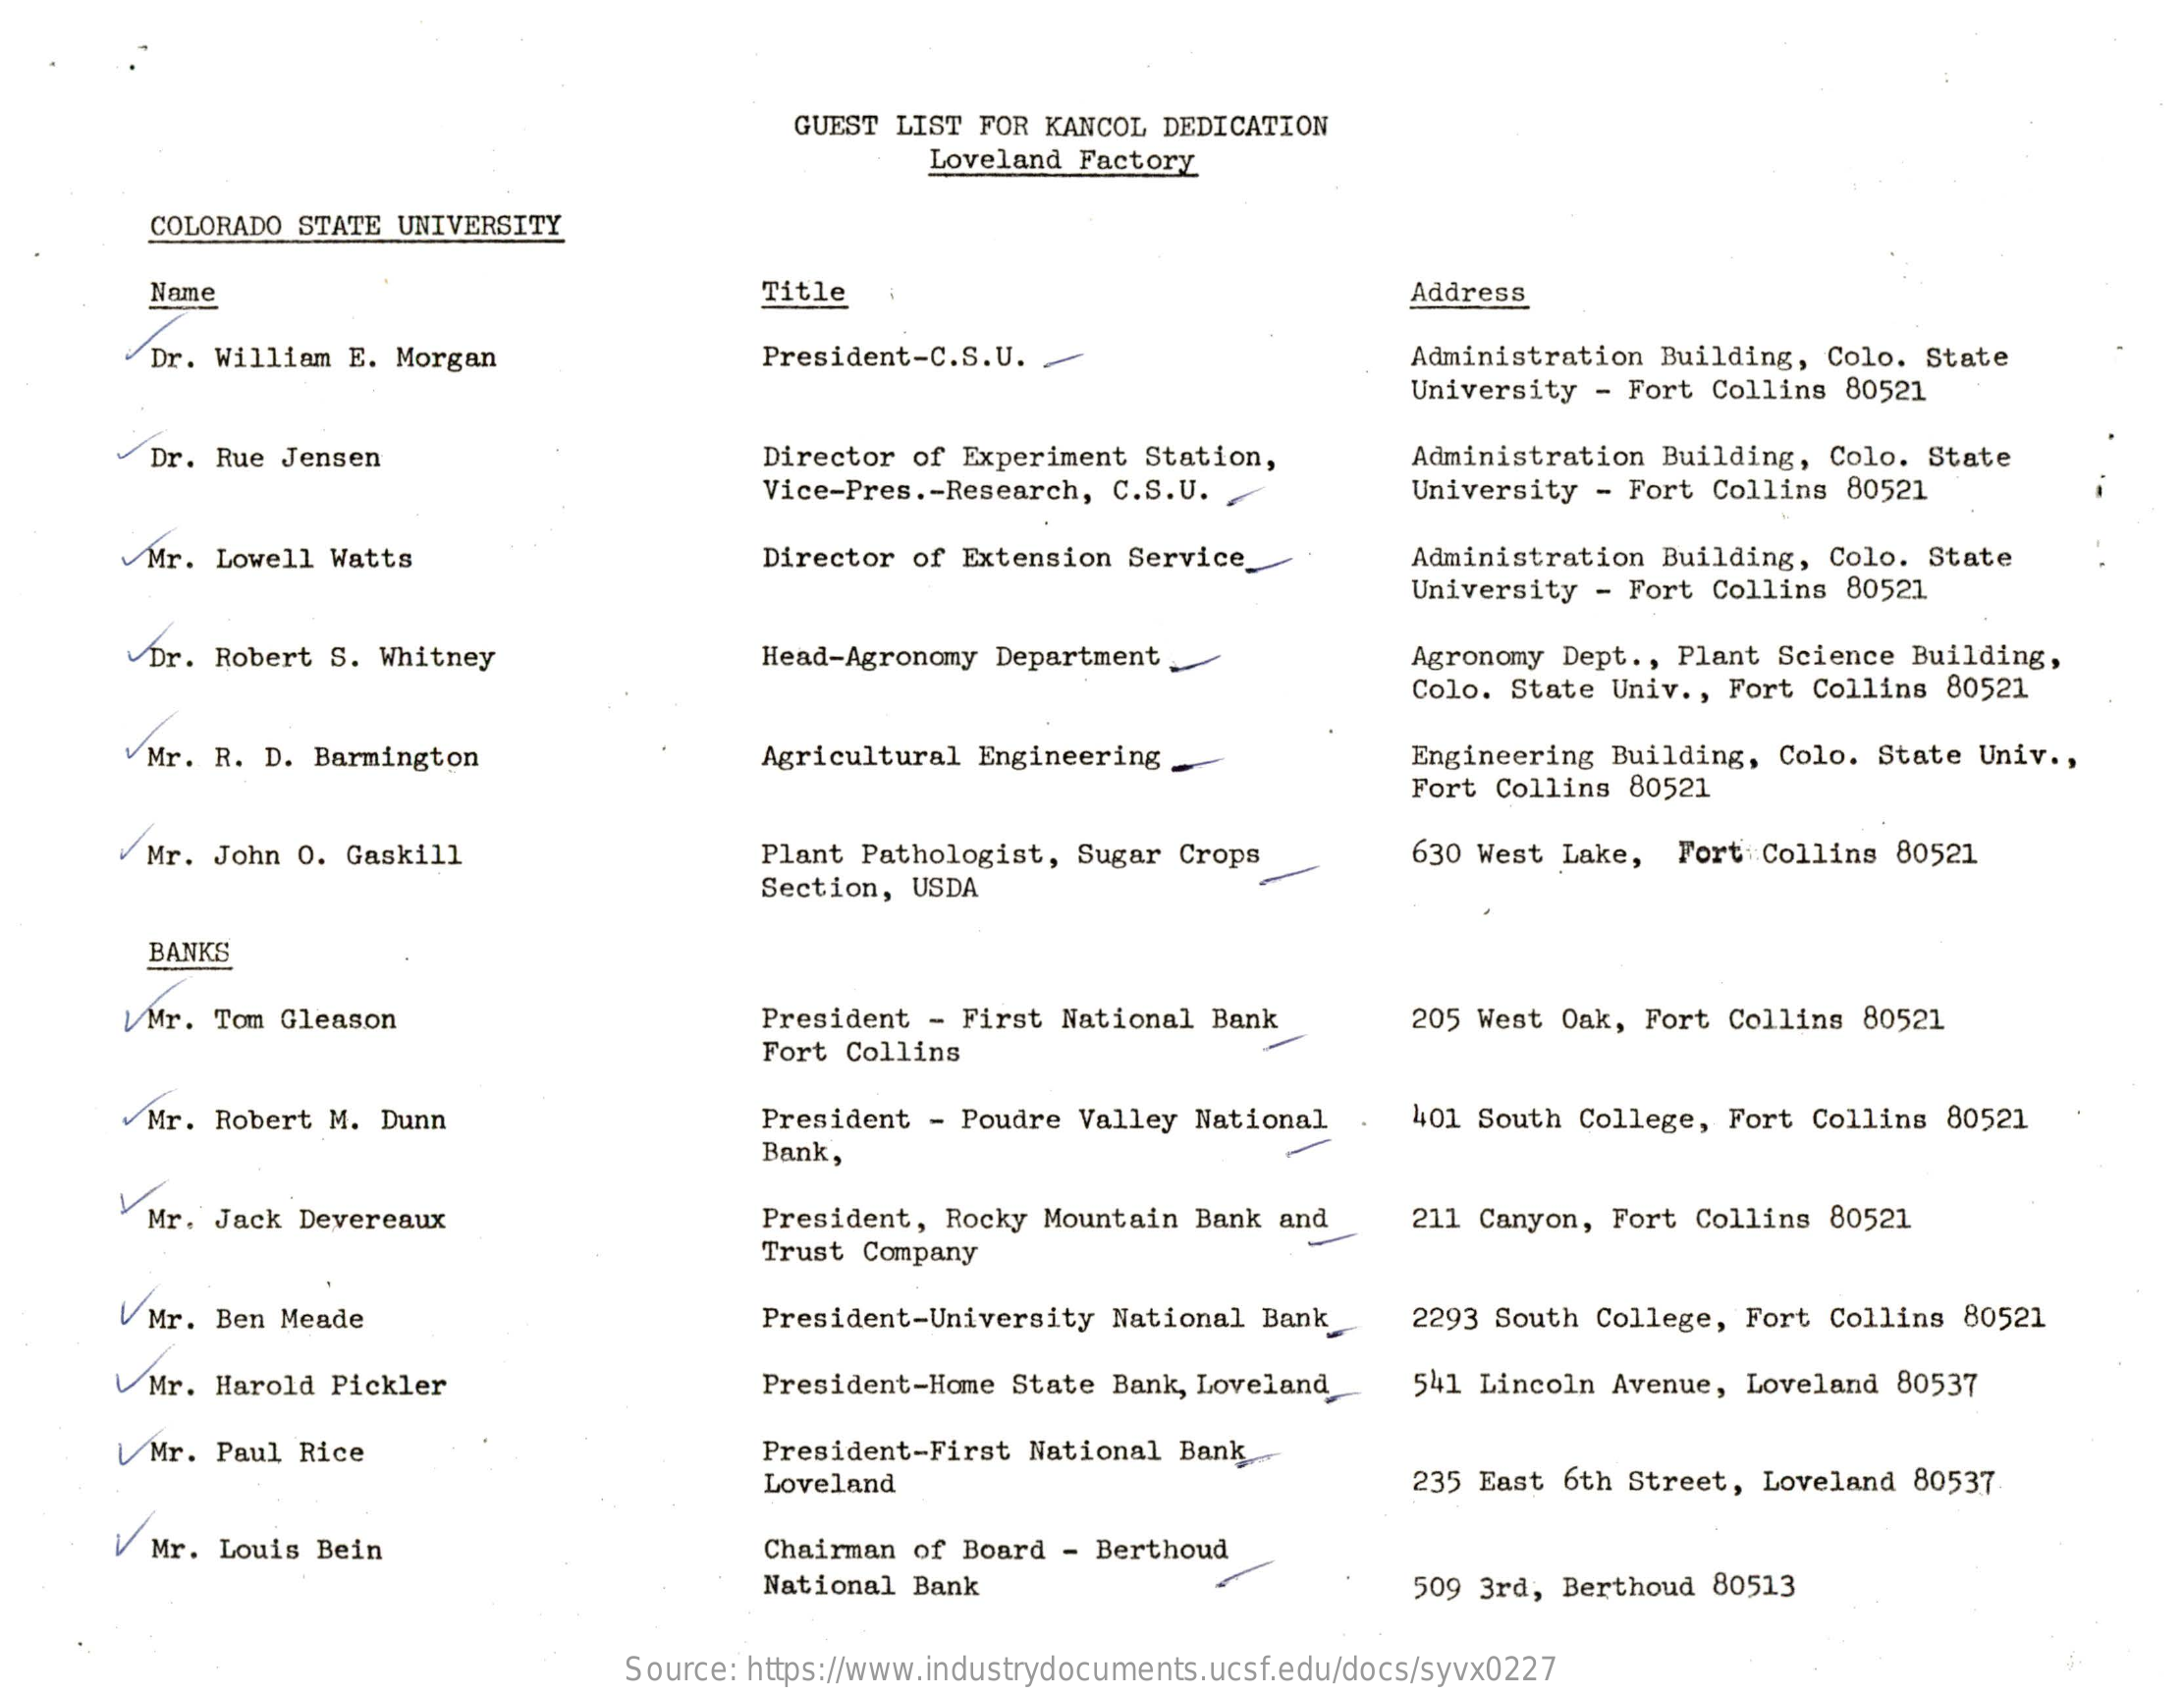
GUEST LIST FOR KANCOL DEDICATION
     Loveland Factory
     COLORADO STATE UNIVERSITY
     Name    Title    Address
     Dr. William E. Morgan    President-C.S.U. >    Administration Building, Colo. State
     University - Fort Collins 80521
     Dr. Rue Jensen    Director of Experiment Station, Administration Building, Colo. State
     Vice-Pres .- Research, C.S.U. University - Fort Collins 80521
     Mr. Lowell Watts    Director of Extension Service_ Administration Building, Colo. State
     University - Fort Collins 80521
     Dr. Robert S. Whitney    Head-Agronomy Department _ Agronomy Dept ., Plant Science Building,
     Colo. State Univ ., Fort Collins 80521
     Mr. R. D. Barmington    Agricultural Engineering   Engineering Building, Colo. State Univ .,
     Fort Collins 80521
     Mr. John O. Gaskill    Plant Pathologist, Sugar Crops 630 West Lake, Fort Collins 80521
     Section, USDA
     BANKS
     UMr. Tom Gleason    President - First National Bank 205 West Oak, Fort Collins 80521
     Fort Collins
     Mr. Robert M. Dunn    President - Poudre Valley National 401 South College, Fort Collins 80521
     Bank,
     Mr. Jack Devereaux    President, Rocky Mountain Bank and 211 Canyon, Fort Collins 80521
     Trust Company
     UMr. Ben Meade    President-University National Bank 2293 South College, Fort Collins 80521
     UMr. Harold Pickler    President-Home State Bank, Loveland 541 Lincoln Avenue, Loveland 80537
     UMr. Paul Rice    President-First National Bank ...
     Loveland    235 East 6th Street, Loveland 80537
     V Mr. Louis Bein    Chairman of Board - Berthoud
     National Bank    509 3rd, Berthoud 80513
     Source: https://www.industrydocuments.ucsf.edu/docs/syvx0227